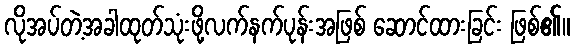
လိုအပ်တဲ့အခါထုတ်သုံးဖို့လက်နက်ပုန်းအဖြစ် ဆောင်ထားခြင်း ဖြစ်၏။